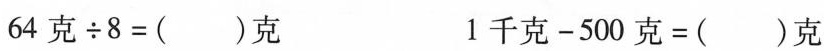
$$6 4 克 \div 8 = ( ) 克$$ $$1 千 克 - 5 0 0 克 = ( ) 克$$